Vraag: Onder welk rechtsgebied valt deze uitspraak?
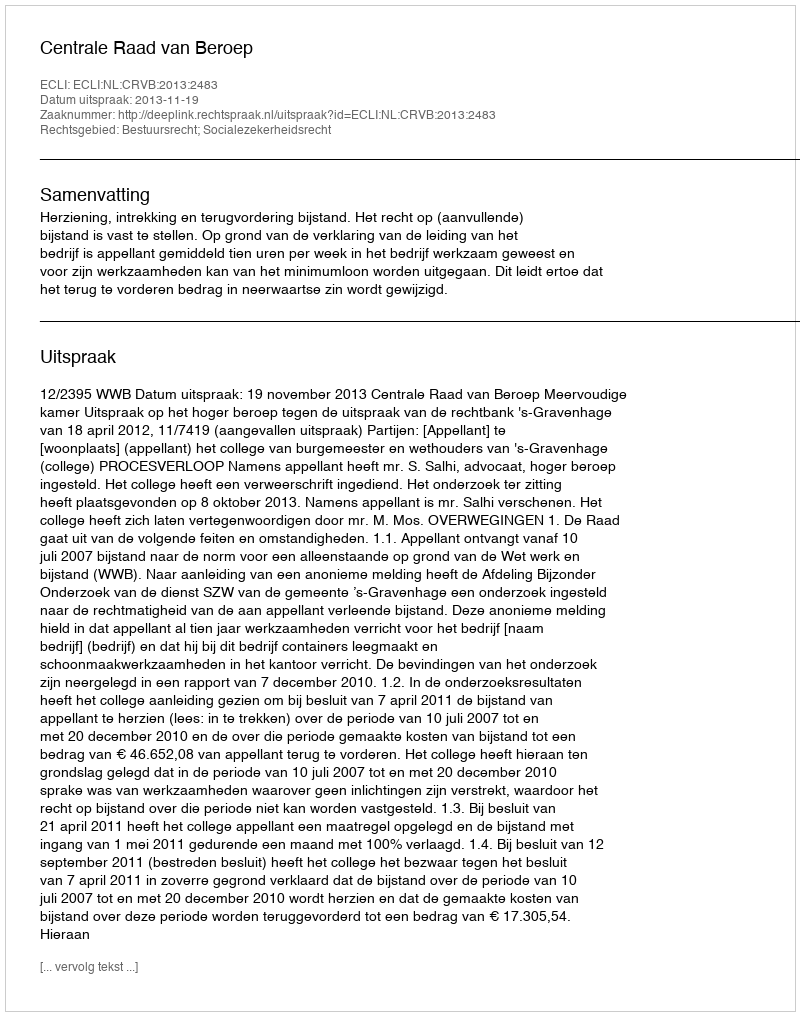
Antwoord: Bestuursrecht; Socialezekerheidsrecht